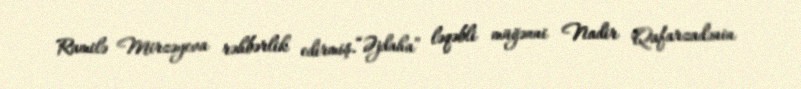
Ramilə Mirzəyeva rəhbərlik edirmiş.“Əjdaha” ləqəbli müğənni Nadir Qafarzadənin